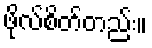
ဖိုလ်စိတ်တည်း။